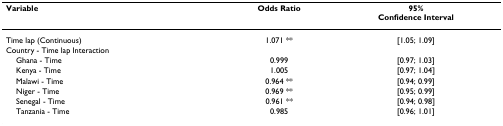
<table><thead><tr><td><b>Variable</b></td><td><b>Odds Ratio</b></td><td><b>95%Confidence Interval</b></td></tr></thead><tbody><tr><td>Time lap (Continuous)</td><td>1.071 **</td><td>[1.05; 1.09]</td></tr><tr><td>Country - Time lap Interaction</td><td></td><td></td></tr><tr><td> Ghana - Time</td><td>0.999</td><td>[0.97; 1.03]</td></tr><tr><td> Kenya - Time</td><td>1.005</td><td>[0.97; 1.04]</td></tr><tr><td> Malawi - Time</td><td>0.964 **</td><td>[0.94; 0.99]</td></tr><tr><td> Niger - Time</td><td>0.969 **</td><td>[0.95; 0.99]</td></tr><tr><td> Senegal - Time</td><td>0.961 **</td><td>[0.94; 0.98]</td></tr><tr><td> Tanzania - Time</td><td>0.985</td><td>[0.96; 1.01]</td></tr></tbody></table>